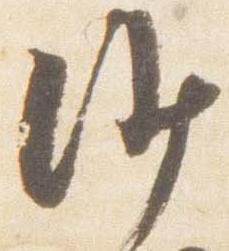
沙